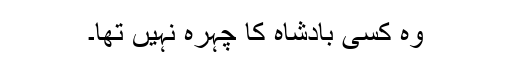
وہ کسی بادشاہ کا چہرہ نہیں تھا۔